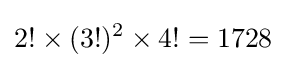
2!\times (3!)^{2}\times 4!=1728